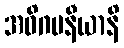
အဓိဂမနီယာနိ